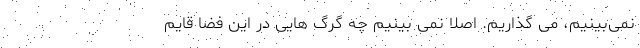
نمی‌بینیم، می گذاریم. اصلاً نمی بینیم چه گرگ هایی در این فضا قایم